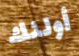
أولئك